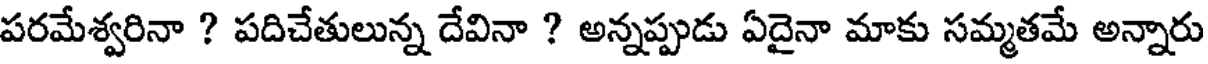
పరమేశ్వరినా ? పదిచేతులున్న దేవినా ? అన్నప్పుడు ఏదైనా మాకు సమ్మతమే అన్నారు